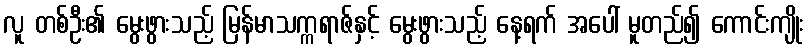
လူ တစ်ဦး၏ မွေးဖွားသည့် မြန်မာသက္ကရာဇ်နှင့် မွေးဖွားသည့် နေ့ရက် အပေါ် မူတည်၍ ကောင်းကျိုး